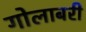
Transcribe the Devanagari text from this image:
गोलाबरी